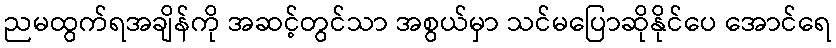
ညမထွက်ရအချိန်ကို အဆင့်တွင်သာ အစွယ်မှာ သင်မပြောဆိုနိုင်ပေ အောင်ရေ